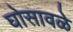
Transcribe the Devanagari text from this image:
घोसावळे